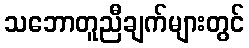
သဘောတူညီချက်များတွင်